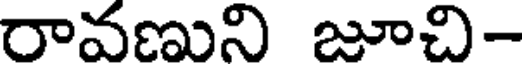
రావణుని జూచి-